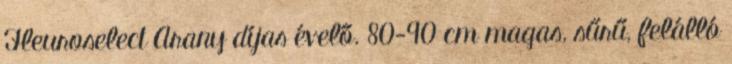
Fleuroselect Arany díjas évelő. 80-90 cm magas, sűrű, felálló